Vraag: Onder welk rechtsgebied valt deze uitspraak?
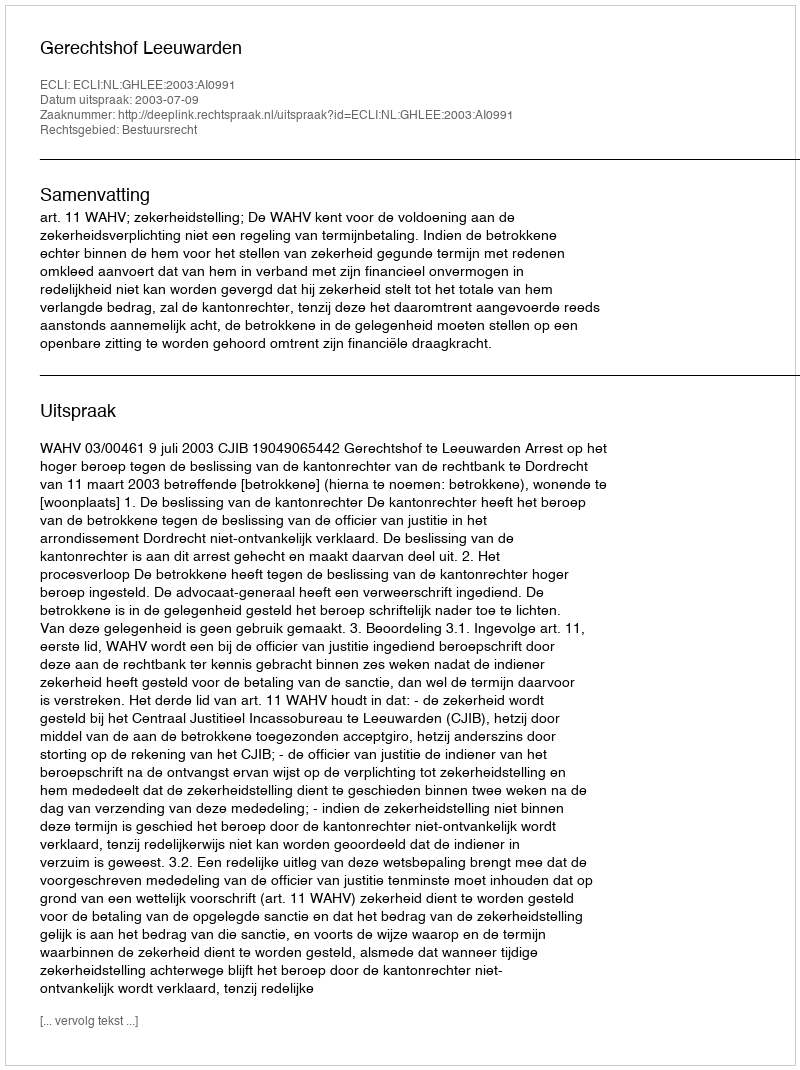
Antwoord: Bestuursrecht